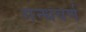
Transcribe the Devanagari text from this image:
गन्धवर्ण